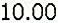
10.00